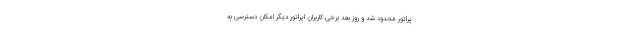
پراتور محدود شد و روز بعد برخی کاربران اپراتور دیگر امکان دسترسی به